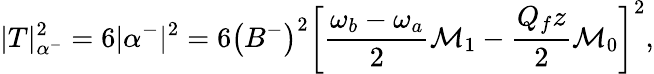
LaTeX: |T|_{\alpha^{-}}^{2}=6|\alpha^{-}|^{2}=6\left(B^{-}\right)^{2}\left[\frac{\omega_{b}-\omega_{a}}{2}{\cal M}_{1}-\frac{Q_{f}z}{2}{\cal M}_{0}\right]^{2},